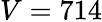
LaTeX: V=714